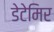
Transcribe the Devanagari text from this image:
डेटेमिर